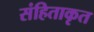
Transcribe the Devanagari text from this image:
संहिताकृत